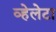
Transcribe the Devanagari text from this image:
व्हेलेटा